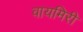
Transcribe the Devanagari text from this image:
वायमिरी